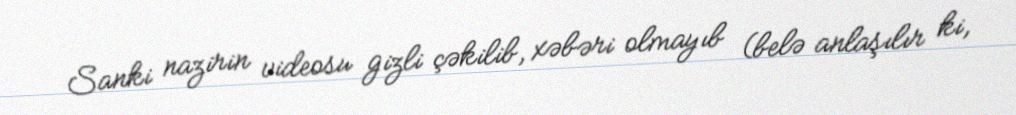
Sanki nazirin videosu gizli çəkilib, xəbəri olmayıb (belə anlaşılır ki,